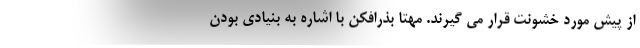
از پیش مورد خشونت قرار می گیرند. مهتا بذرافکن با اشاره به بنیادی بودن